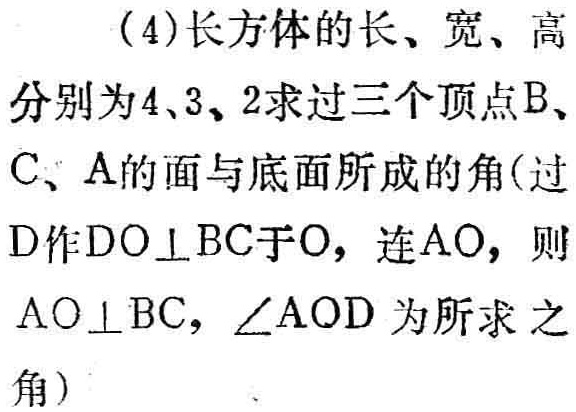
（4）长方体的长、宽、高分别为\(4\)、\(3\)、\(2\)求过三个顶点\(B\)、\(C\)、\(A\)的面与底面所成的角(过\(D\)作\(DO\perp BC\)于\(O\)，连\(AO\)，则\(AO\perp BC\)，\(\angle AOD\)为所求之角)